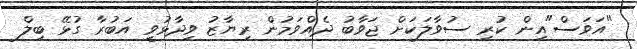
"އަވަސް"އިން ކުރި ސުވާލަކަށް ޖަވާބު ދެއްވަމުން ރިޔާޒު ވިދާޅުވީ އަބުރާ ގުޅޭ ބިލް